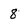
Character: 8